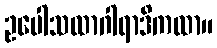
ဥပေါသထာဂါရာဒိကထာ။